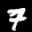
Label: 7